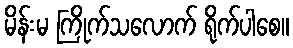
မိန်းမ ကြိုက်သလောက် ရိုက်ပါစေ။